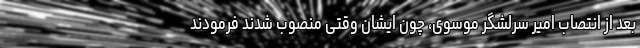
بعد از انتصاب امیر سرلشگر موسوی، چون ایشان وقتی منصوب شدند فرمودند